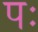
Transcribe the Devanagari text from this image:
पः